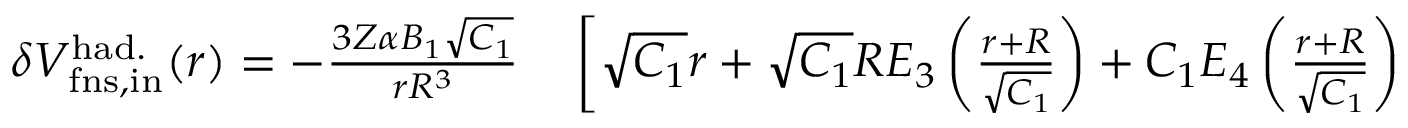
\begin{array} { r l } { \delta V _ { \mathrm { f n s , i n } } ^ { \mathrm { h a d . } } ( r ) = - \frac { 3 Z \alpha B _ { 1 } \sqrt { C _ { 1 } } } { r R ^ { 3 } } } & { { } \left[ \sqrt { C _ { 1 } } r + \sqrt { C _ { 1 } } R E _ { 3 } \left( \frac { r + R } { \sqrt { C _ { 1 } } } \right) + C _ { 1 } E _ { 4 } \left( \frac { r + R } { \sqrt { C _ { 1 } } } \right) \right. } \end{array}